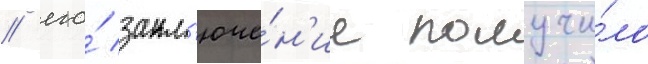
/ его́ закл'юче́н'ие получи́ло